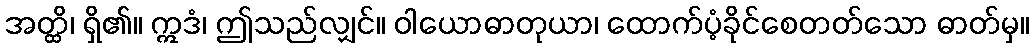
အတ္ထိ၊ ရှိ၏။ ဣဒံ၊ ဤသည်လျှင်။ ဝါယောဓာတုယာ၊ ထောက်ပံ့ခိုင်စေတတ်သော ဓာတ်မှ။